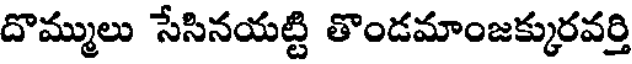
దొమ్ములు సేసినయట్టి తొండమాంజక్కురవర్తి